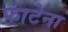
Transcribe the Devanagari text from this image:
फांटेना